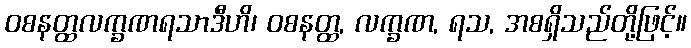
ဝစနတ္ထလက္ခဏရသာဒီဟိ၊ ဝစနတ္ထ, လက္ခဏ, ရသ, အစရှိသည်တို့ဖြင့်။